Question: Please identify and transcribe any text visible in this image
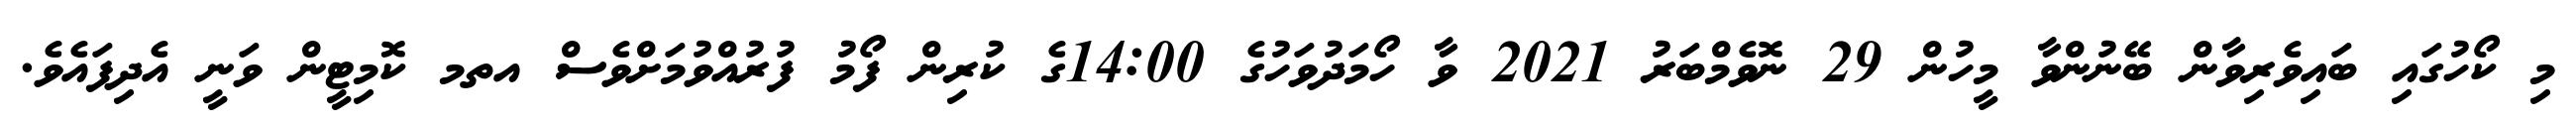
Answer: މި ކޯހުގައި ބައިވެރިވާން ބޭނުންވާ މީހުން 29 ނޮވެމްބަރު 2021 ވާ ހޯމަދުވަހުގެ 14:00ގެ ކުރިން ފޯމު ފުރުއްވުމަށްވެސް އތމ ކޮމިޓީން ވަނީ އެދިފައެވެ.